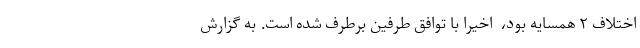
اختلاف ۲ همسایه بود، ‌ اخیرا با توافق طرفین برطرف شده است. به گزارش